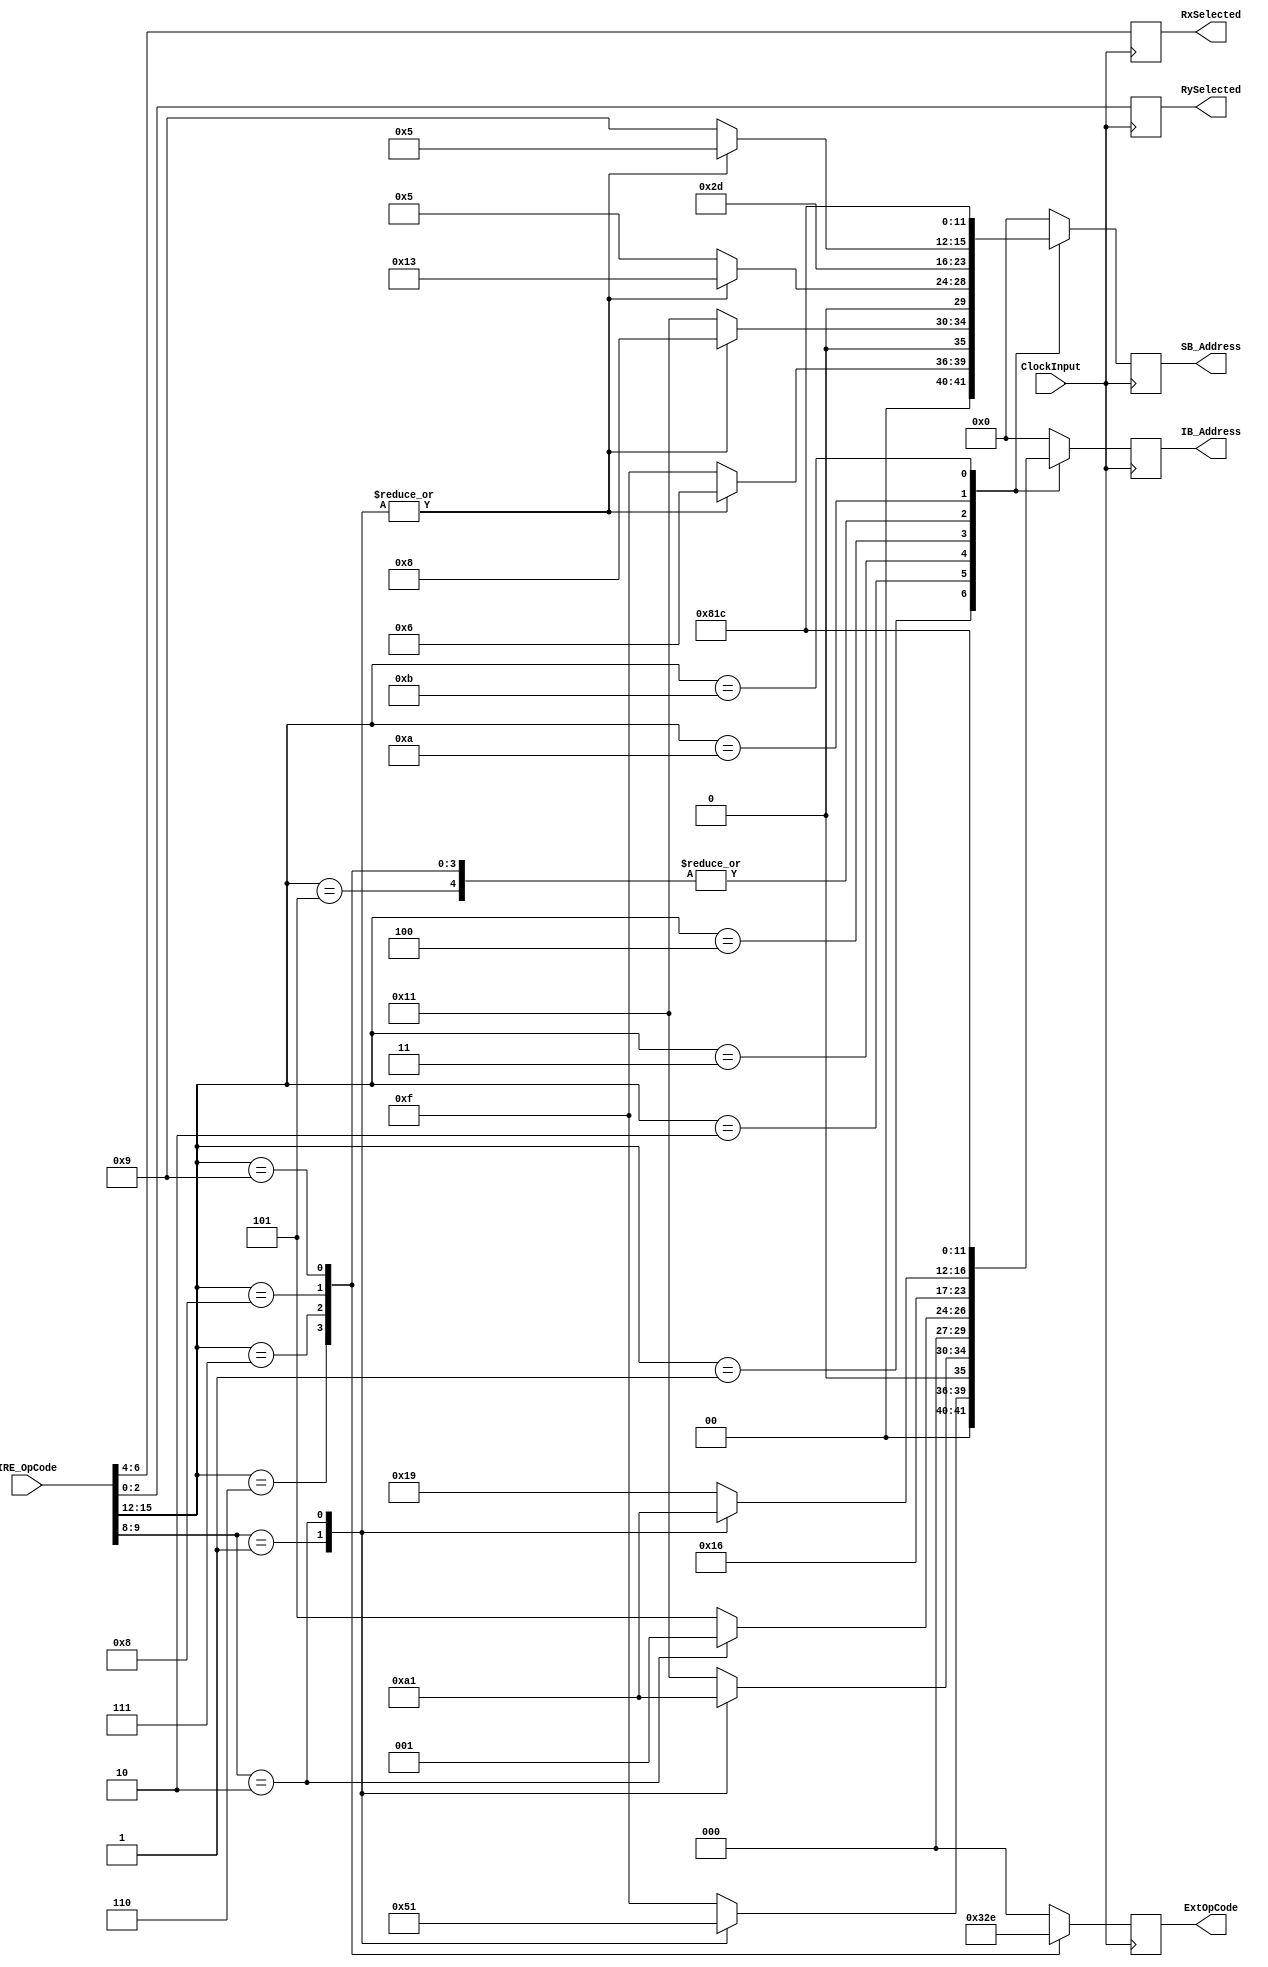
`timescale 1ns / 1ps
//////////////////////////////////////////////////////////////////////////////////
// Company: 
// Engineer: 
// 
// Design Name: 
// Module Name: InstructionDecoderUnit
// Project Name: 
// Target Devices: 
// Tool Versions: 
// Description: 
// 
// Dependencies: 
// 
// Revision:
// Revision 0.01 - File Created
// Additional Comments:
// 
//////////////////////////////////////////////////////////////////////////////////

    /*  Programmer's Instruction format
        15-14	13-10	9-8	    7	     6-4	3	    2-0
        2-bit	4-bit	2-bit	1-bit	3-bit	1-bit	3-bit
        Future	Op Code	Mode	Future	Rx	    Future	Ry */

        
module InstructionDecoderUnit(
    input ClockInput,
    input [15:0] IRE_OpCode,
    output reg [5:0] IB_Address=0,
    output reg [5:0] SB_Address=0,
    output reg [2:0] ExtOpCode=0,
    output reg [2:0] RxSelected=0,
    output reg [2:0] RySelected=0
    );
    
    parameter OpCode_NOP=0,OpCode_LDR=1,OpCode_STR=2,OpCode_TST=3,OpCode_BZ=4,OpCode_ADD=5,OpCode_SUB=6,OpCode_AND=7,OpCode_OR=8,OpCode_XOR=9,OpCode_PUSH=10,OpCode_POP=11;
    parameter DirectAddressing=0,IndirectAddressing=1,IndirectPlusDP=2;
    
    parameter ADD=3'b000, SUB=3'b001, AND=3'b100, OR=3'b101, XOR=3'b110;
    
    wire[3:0] OpCode;
    assign OpCode=IRE_OpCode[15:12];
    wire[1:0] AddressingMode;
    assign AddressingMode=IRE_OpCode[9:8];
    
    
    always @(posedge ClockInput) // Update the IB and SB
    begin
        case(OpCode)
            OpCode_LDR: begin
                            case(AddressingMode)
                                DirectAddressing: begin IB_Address<=15;SB_Address<=15; end
                                IndirectAddressing: begin IB_Address<=5;SB_Address<=6; end
                                IndirectPlusDP: begin IB_Address<=1;SB_Address<=6; end
                                default: begin IB_Address<=15;SB_Address<=15; end
                            endcase 
                        end
            OpCode_STR: begin
                            case(AddressingMode)
                                DirectAddressing: begin IB_Address<=17;SB_Address<=17; end
                                IndirectAddressing: begin IB_Address<=5;SB_Address<=8; end
                                IndirectPlusDP: begin IB_Address<=1;SB_Address<=8; end
                                default: begin IB_Address<=17;SB_Address<=17; end
                            endcase 
                        end
            OpCode_TST: begin
                            case(AddressingMode)
                                DirectAddressing: begin IB_Address<=5;SB_Address<=5; end
                                IndirectAddressing: begin IB_Address<=5;SB_Address<=19; end
                                IndirectPlusDP: begin IB_Address<=1;SB_Address<=19; end
                                default: begin IB_Address<=5;SB_Address<=5; end
                            endcase 
                        end
            OpCode_BZ: begin
                            IB_Address<=11;
                            SB_Address<=11;
                        end
            OpCode_ADD,OpCode_SUB,OpCode_AND,OpCode_OR,OpCode_XOR: begin
                            case(AddressingMode)
                                DirectAddressing: begin IB_Address<=25;SB_Address<=25; end
                                IndirectAddressing: begin IB_Address<=5;SB_Address<=21; end
                                IndirectPlusDP: begin IB_Address<=1;SB_Address<=21; end
                                default: begin IB_Address<=25;SB_Address<=25; end
                            endcase 
                        end
            OpCode_PUSH: begin
                            IB_Address<=32;
                            SB_Address<=32;
                        end
            OpCode_POP: begin
                            IB_Address<=28;
                            SB_Address<=28;
                        end
            default:    begin // NOP instructions
                            IB_Address<=0;
                            SB_Address<=0;
                        end
        endcase 
    end
    
    
    always @(posedge ClockInput) // Update Rx and Ry
    begin
        RxSelected<=IRE_OpCode[6:4];
        RySelected<=IRE_OpCode[2:0];
    end
    
    always @(posedge ClockInput) // Update ALU extOpCode
    begin
        case(OpCode)
            OpCode_ADD:ExtOpCode<=ADD;
            OpCode_SUB:ExtOpCode<=SUB;
            OpCode_AND:ExtOpCode<=AND;
            OpCode_OR:ExtOpCode<=OR;
            OpCode_XOR:ExtOpCode<=XOR;
            default:ExtOpCode<=ADD;
        endcase 
    end
    


    
    

    
    
endmodule